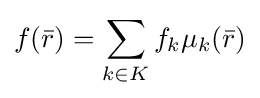
f({\bar {r}})=\sum _{k\in K}f_{k}\mu _{k}({\bar {r}})